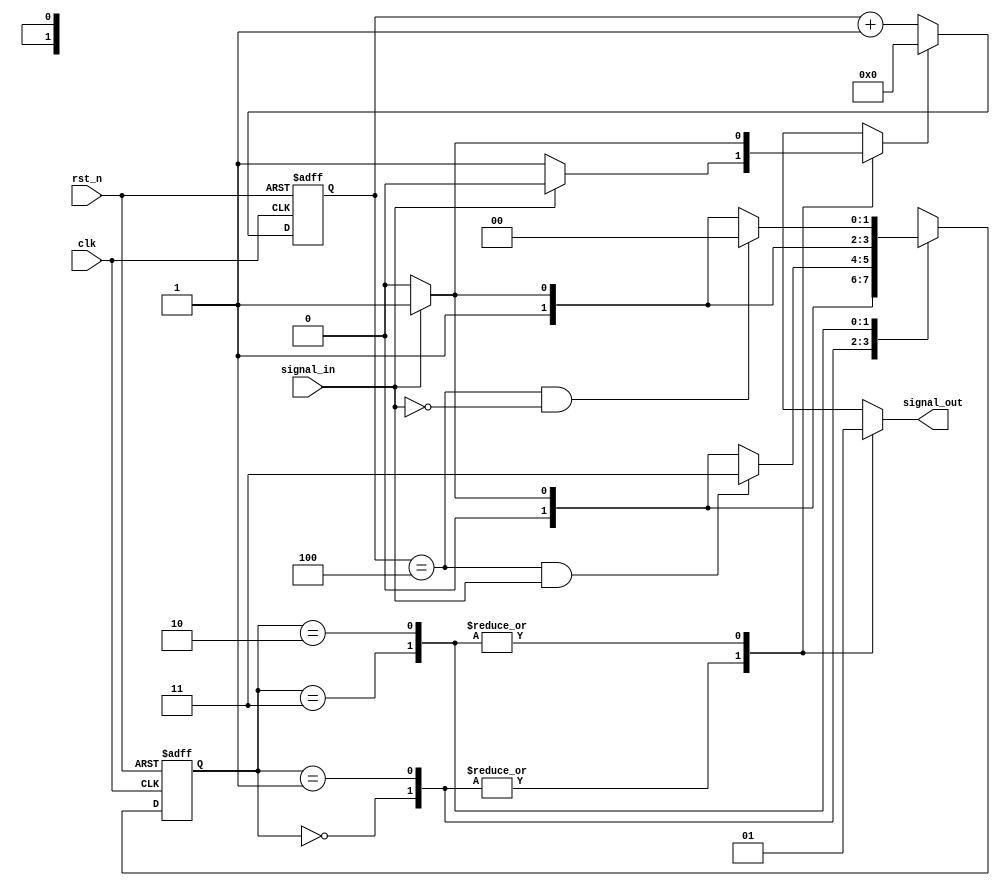
module debounceSM(
	//Inputs
	signal_in, rst_n, clk,
	//Outputs
	signal_out
	);
	
	//Inputs
	input wire signal_in, rst_n, clk;
	
	//Outputs
	output reg signal_out;
	
	localparam target_count = 4'h4;
	
	localparam state_low = 2'b00;
	localparam state_posedge = 2'b01;
	localparam state_negedge = 2'b10;
	localparam state_high = 2'b11;
	
	reg [1:0] current_state, next_state;
	reg [3:0] count;
	wire [3:0] next_count;
	reg reset_count;
	
	always@(posedge clk, negedge rst_n)begin
		if(~rst_n)begin
			current_state <= 2'b00;
			count <= 4'b0000;
		end
		else begin
			current_state <= next_state;
			count <= next_count;
		end
	end
	
	assign next_count = (reset_count) ? 4'b0000 : count + 4'b0001;
	 
	always@(current_state, signal_in, count)begin
		next_state = state_low;
		signal_out = 1'b0;
		reset_count = 1'b1;
		
		case(current_state)
			
			state_low : begin
				signal_out = 1'b0;
				if(signal_in)begin
					reset_count = 1'b0;
					next_state = state_posedge;
				end
				else begin
					reset_count = 1'b1;
					next_state = state_low;
				end
			end
			
			
			state_posedge : begin
				signal_out = 1'b0;
				
				if(signal_in)begin
					reset_count = 1'b0;
				end
				else begin
					reset_count = 1'b1;
				end
				
				if(count == target_count && signal_in)begin
					next_state = state_high;
				end
				else if(signal_in)begin
					next_state = state_posedge;
				end
				else begin
					next_state = state_low;
				end
			end
			
			
			state_high : begin
				signal_out = 1'b1;
				if(~signal_in)begin
					reset_count = 1'b0;
					next_state = state_negedge;
				end
				else begin
					reset_count = 1'b1;
					next_state = state_high;
				end
			end
			

			state_negedge : begin
				signal_out = 1'b1;
				
				if(~signal_in)begin
					reset_count = 1'b0;
				end
				else begin
					reset_count = 1'b1;
				end
				
				if(count == target_count && ~signal_in)begin
					next_state = state_low;
				end
				else if(~signal_in)begin
					next_state = state_negedge;
				end
				else begin
					next_state = state_high;
				end
			end
			
			
			default : begin
				next_state = state_low;
			end
		endcase
	end

endmodule